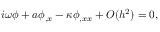
i \omega \phi + a \phi _ { , x } - \kappa \phi _ { , x x } + O ( h ^ { 2 } ) = 0 ,